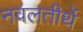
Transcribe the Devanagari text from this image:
नवलतीर्थे